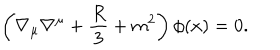
\left( \nabla _ { \mu } \nabla ^ { \mu } + \frac { R } { 3 } + m ^ { 2 } \right) \phi ( x ) = 0 .